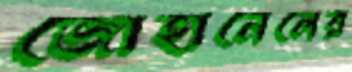
জোহানেলের